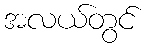
အလယ်တွင်